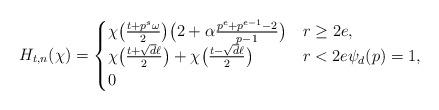
LaTeX: \begin{align*}H_{t,n}(\chi)=\begin{cases}\chi\bigl(\frac{t+p^s\omega}{2}\bigr)\bigl(2+\alpha\frac{p^e+p^{e-1}-2}{p-1}\bigr)& r\geq 2e,\\\chi\bigl(\frac{t+\sqrt{d}\ell}{2}\bigr) +\chi\bigl(\frac{t-\sqrt{d}\ell}{2}\bigr)& r<2e\psi_d(p)=1, \\0 & \end{cases}\end{align*}